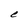
Character: e